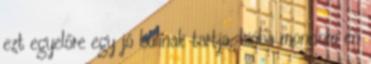
ezt egyelőre egy jó bulinak tartja, hiába mondom én